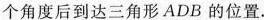
个角度后到达三角形 ADB 的位置。